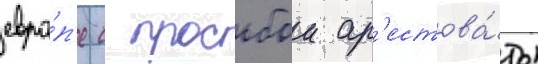
евро́п'е с просьбои ар'естова́ть